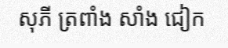
សុភី ត្រពាំង សាំង ជៀក